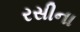
રસીના